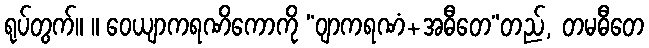
ရုပ်တွက်။ ။ ဝေယျာကရဏိကောကို “ဝျာကရဏံ+အဓီတေ”တည်, တမဓီတေ